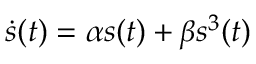
\dot { s } ( t ) = \alpha s ( t ) + \beta s ^ { 3 } ( t )